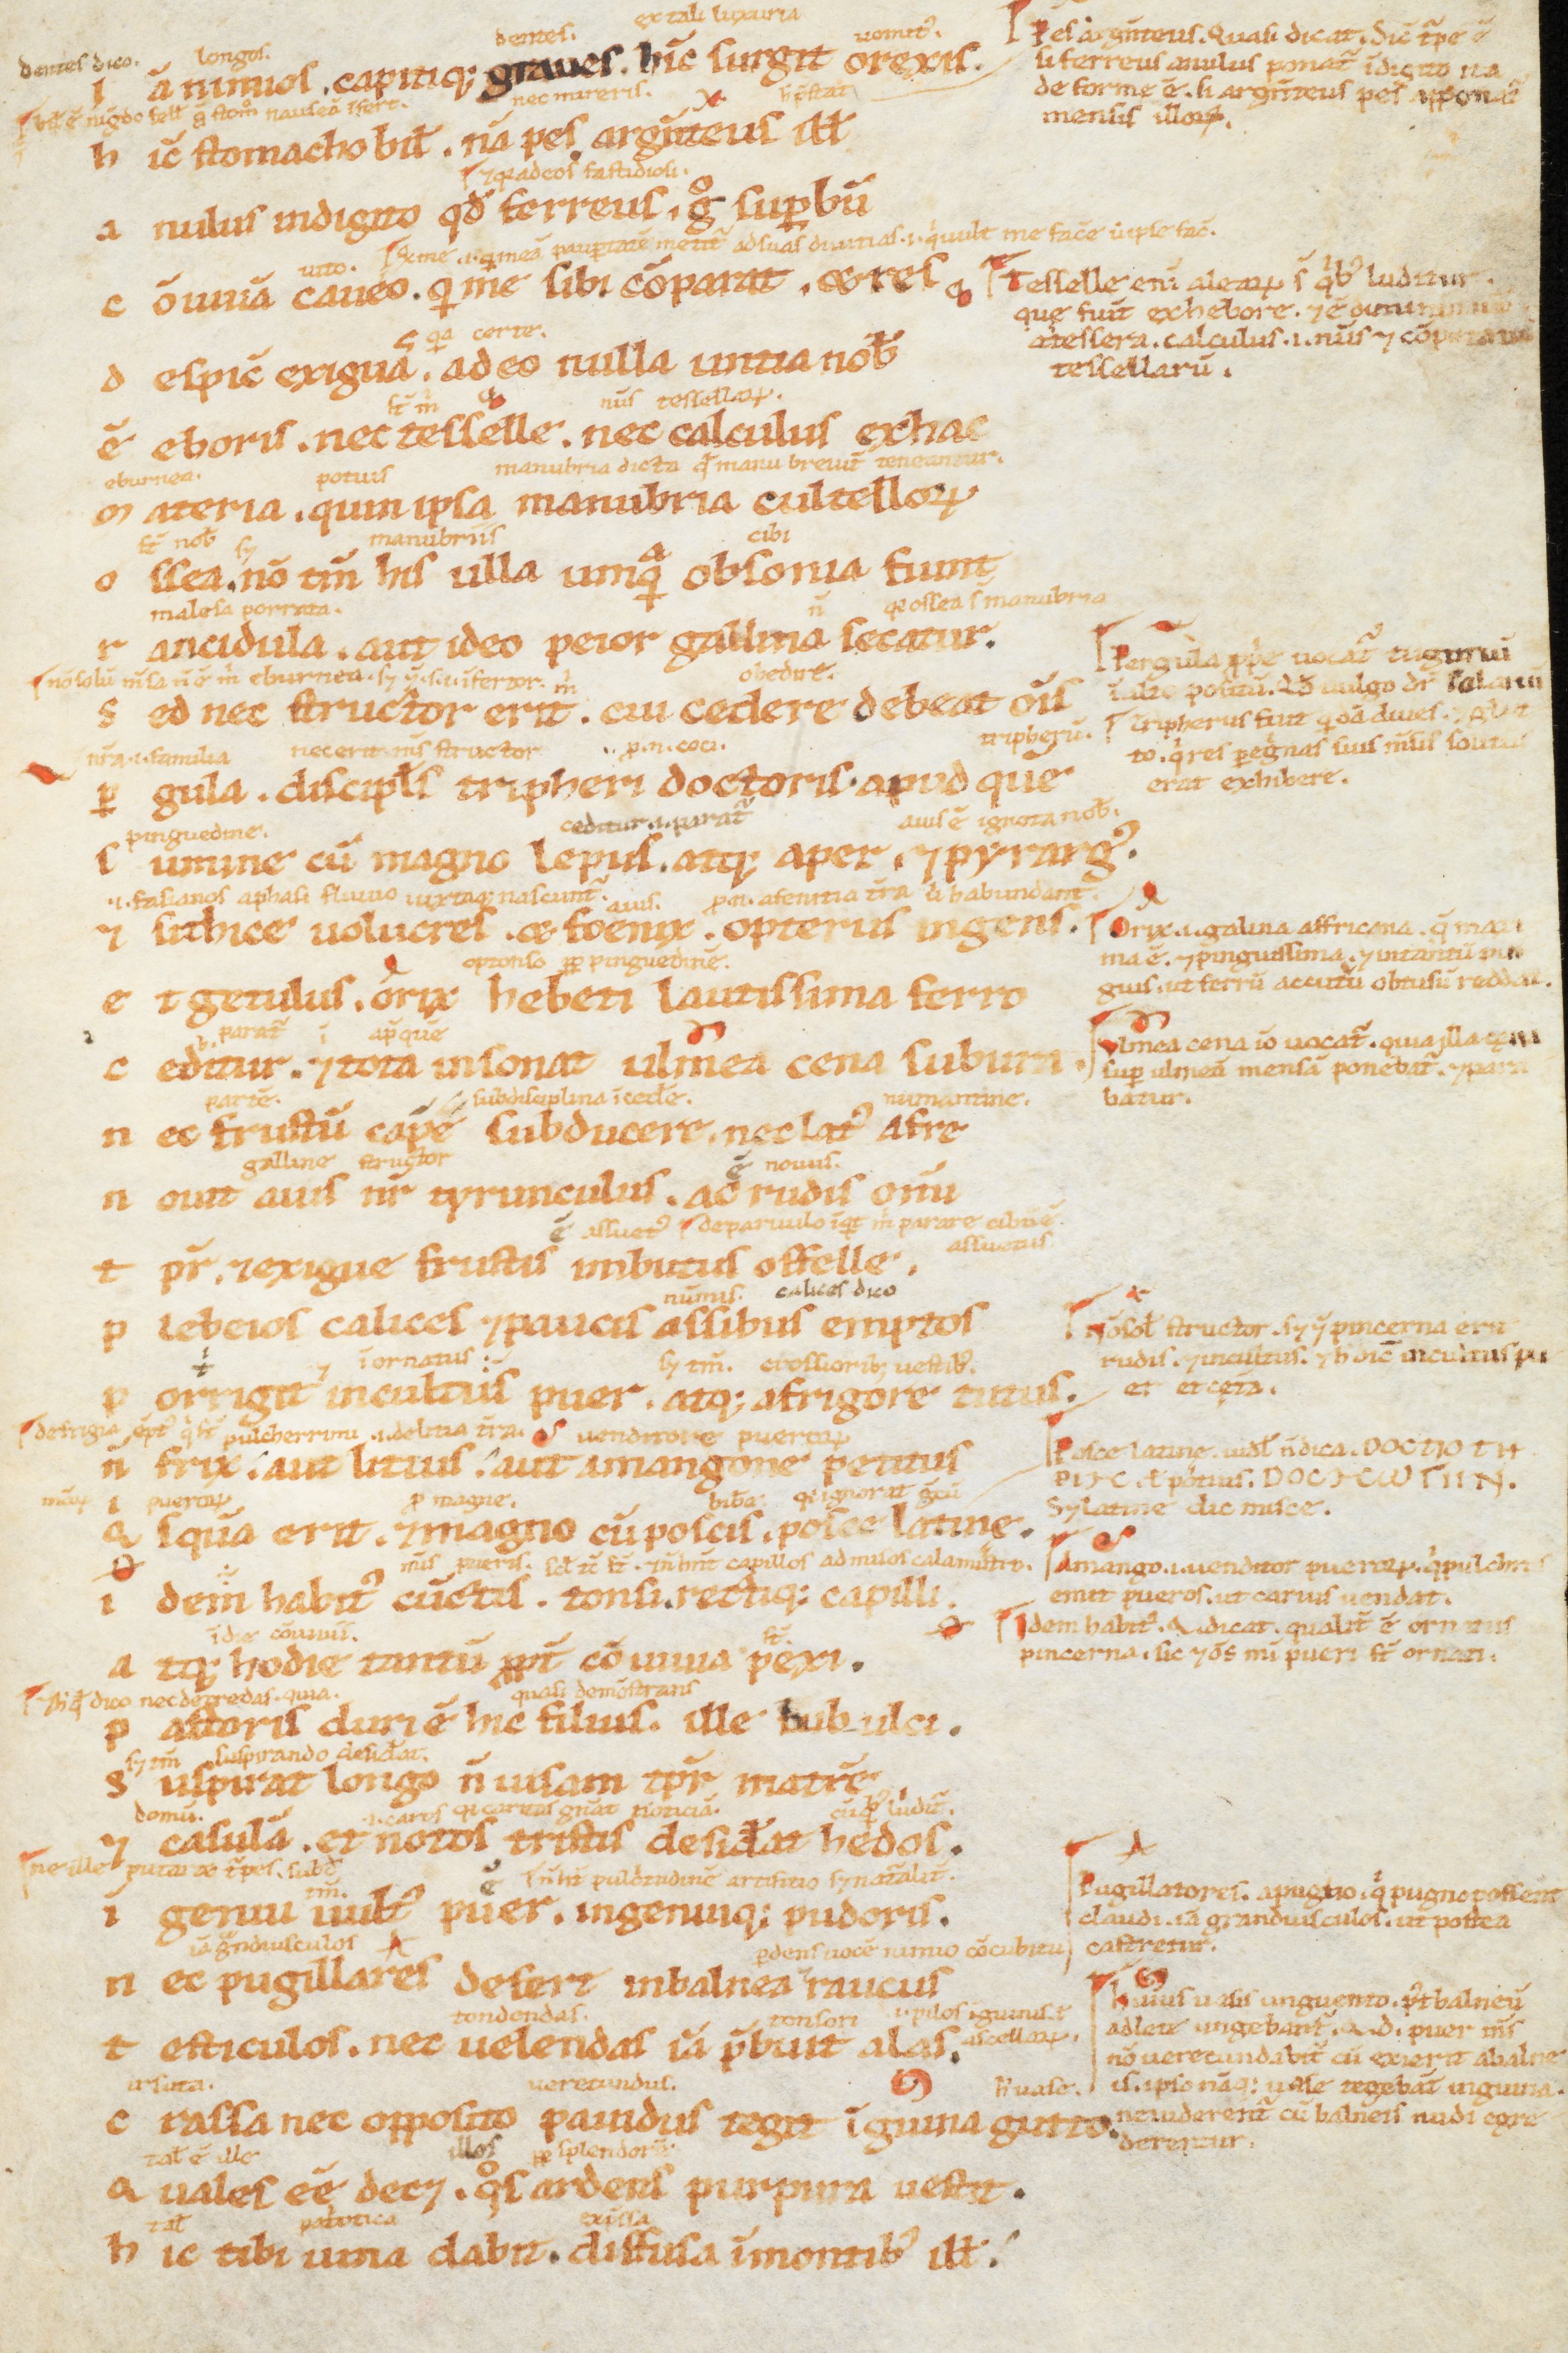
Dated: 1100–1199